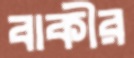
বাকীর